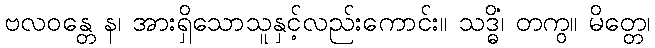
ဗလဝန္တေ န၊ အားရှိသောသူနှင့်လည်းကောင်း။ သဒ္ဓိံ၊ တကွ။ မိတ္တေ၊